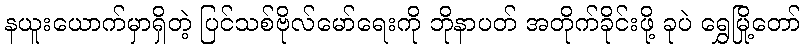
နယူးယောက်မှာရှိတဲ့ ပြင်သစ်ဗိုလ်မော်ရေးကို ဘိုနာပတ် အတိုက်ခိုင်းဖို့ ခုပဲ ရွှေမြို့တော်